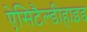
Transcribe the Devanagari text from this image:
ऐसिटैल्डीहाइड